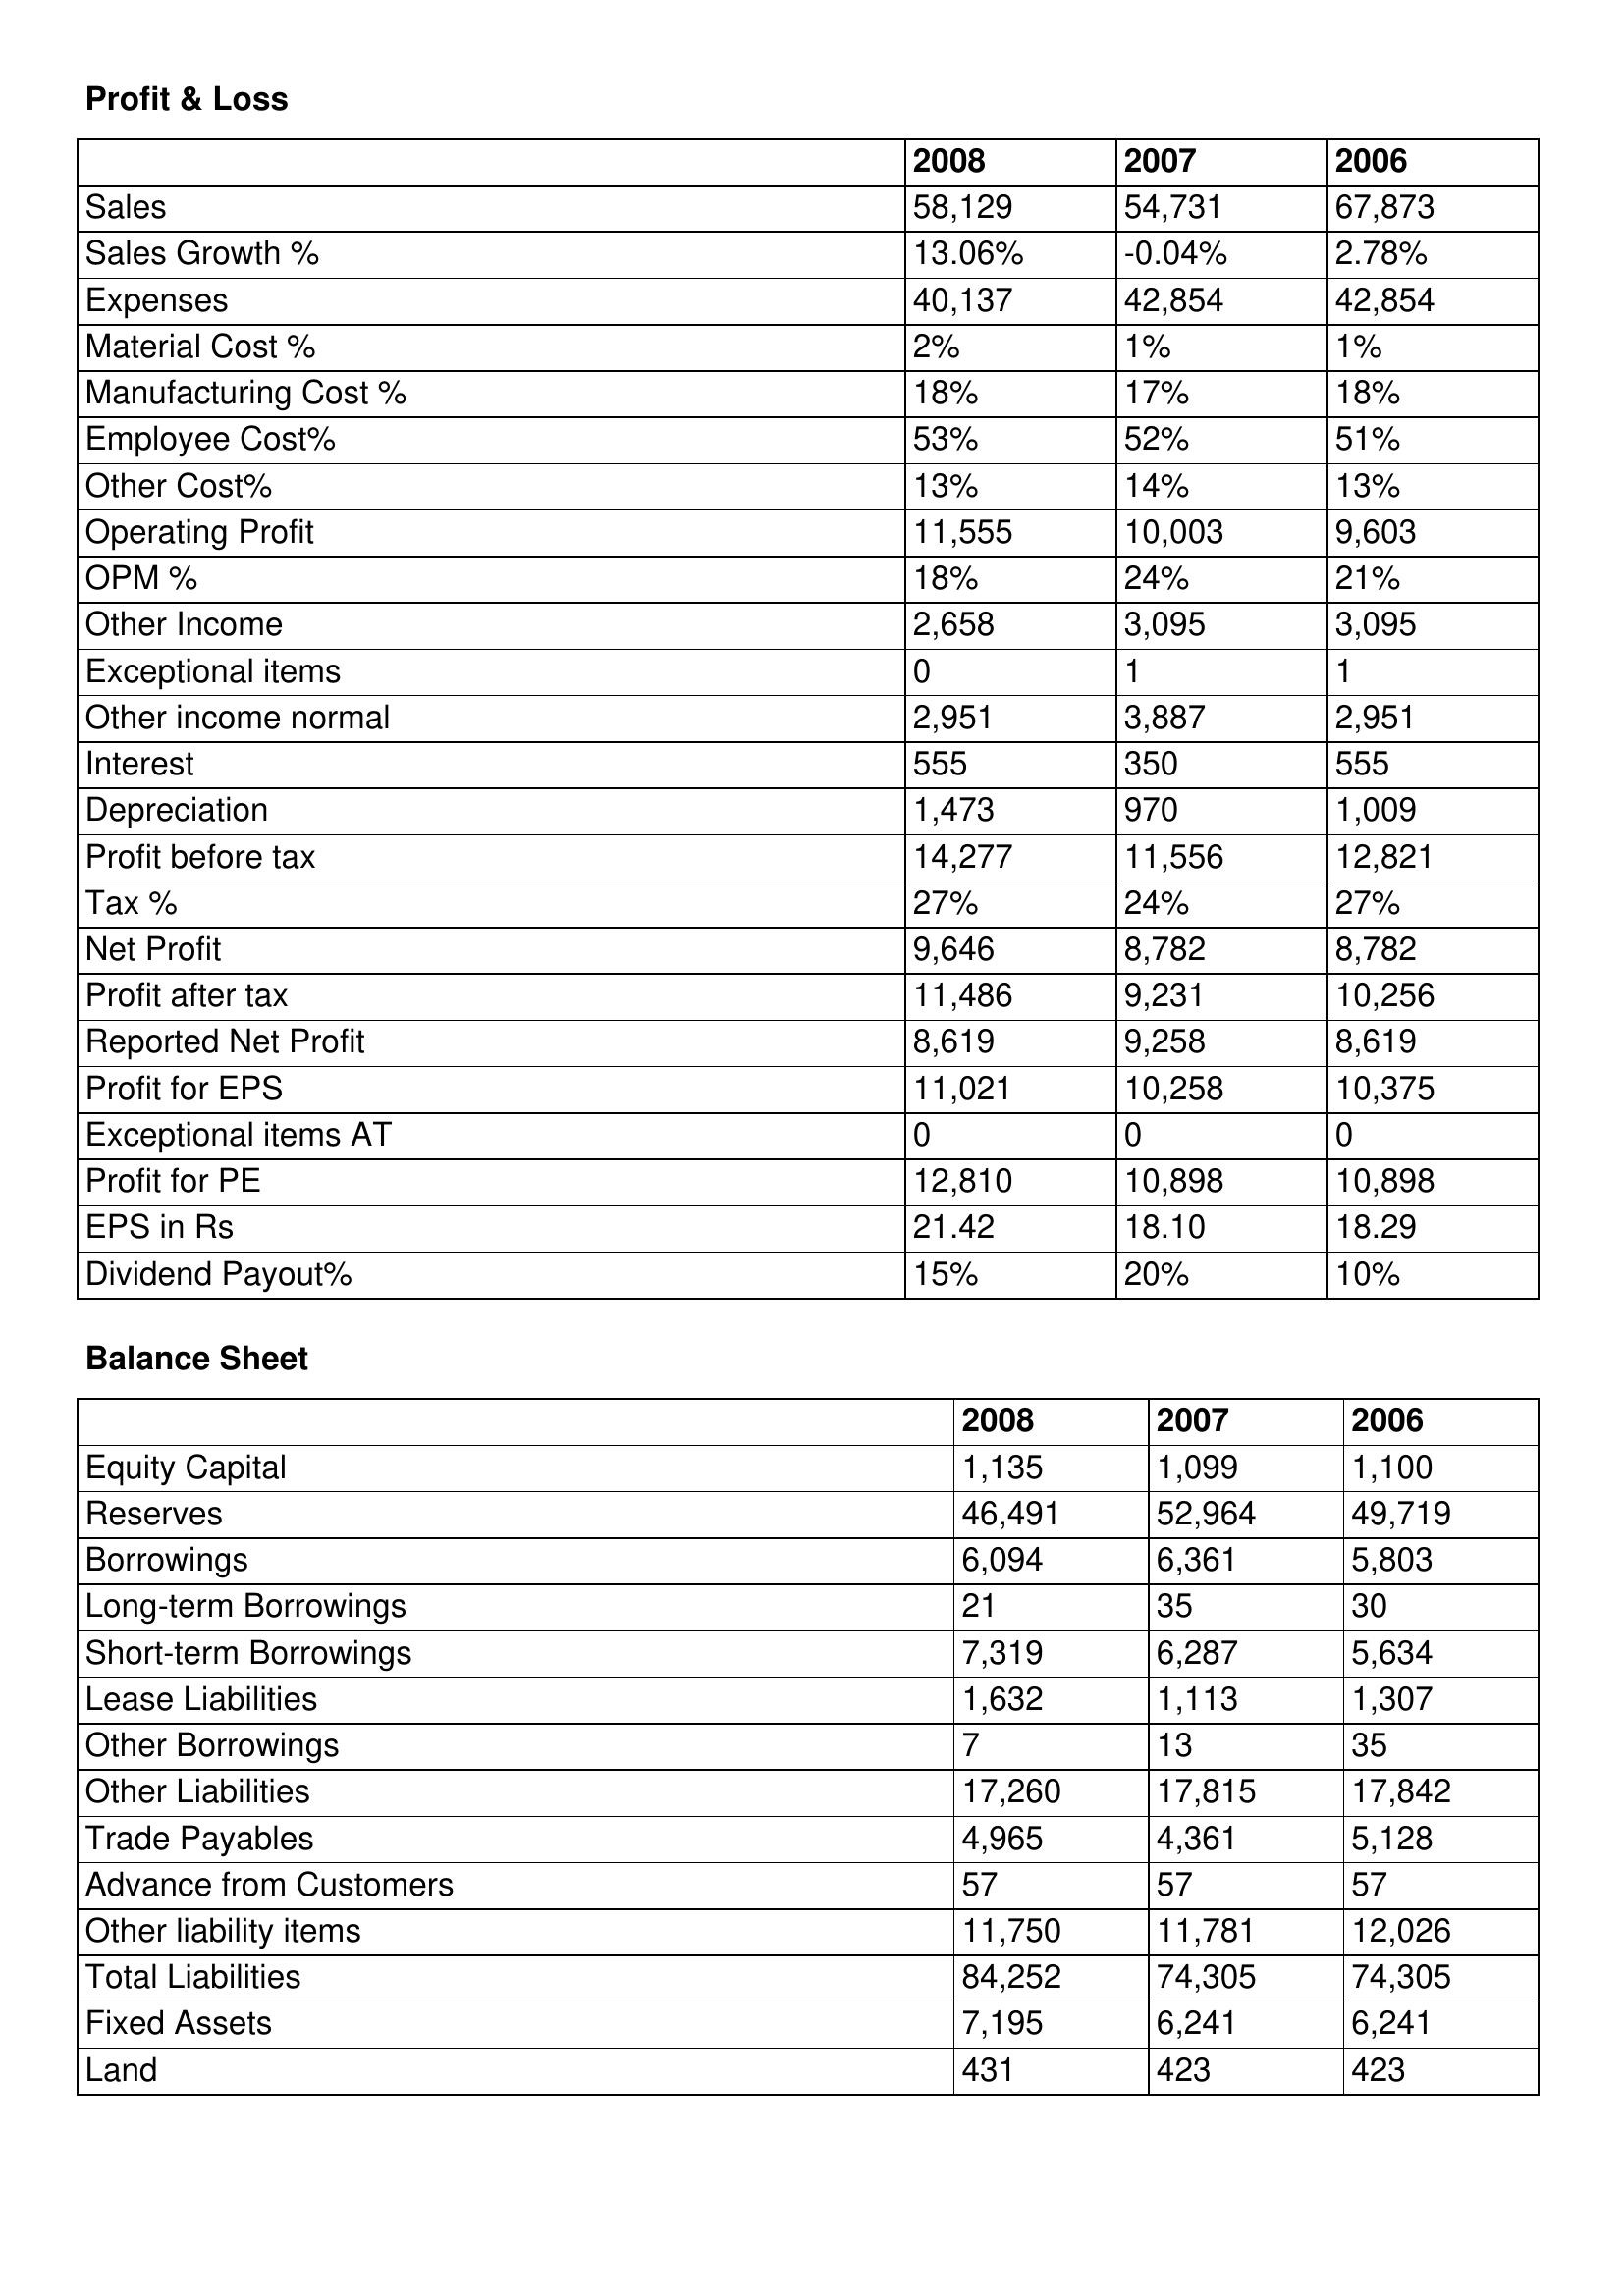
gt_parse: 2008: Profit & Loss: Sales: 58,129
Sales Growth %: 13.06%
Expenses: 40,137
Material Cost %: 2%
Manufacturing Cost %: 18%
Employee Cost%: 53%
Other Cost%: 13%
Operating Profit: 11,555
OPM %: 18%
Other Income: 2,658
Exceptional items: 0
Other income normal: 2,951
Interest: 555
Depreciation: 1,473
Profit before tax: 14,277
Tax %: 27%
Net Profit: 9,646
Profit after tax: 11,486
Reported Net Profit: 8,619
Profit for EPS: 11,021
Exceptional items AT: 0
Profit for PE: 12,810
EPS in Rs: 21.42
Dividend Payout%: 15%
Balance Sheet: Equity Capital: 1,135
Reserves: 46,491
Borrowings: 6,094
Long-term Borrowings: 21
Short-term Borrowings: 7,319
Lease Liabilities: 1,632
Other Borrowings: 7
Other Liabilities: 17,260
Trade Payables: 4,965
Advance from Customers: 57
Other liability items: 11,750
Total Liabilities: 84,252
Fixed Assets: 7,195
Land: 431
2007: Profit & Loss: Sales: 54,731
Sales Growth %: -0.04%
Expenses: 42,854
Material Cost %: 1%
Manufacturing Cost %: 17%
Employee Cost%: 52%
Other Cost%: 14%
Operating Profit: 10,003
OPM %: 24%
Other Income: 3,095
Exceptional items: 1
Other income normal: 3,887
Interest: 350
Depreciation: 970
Profit before tax: 11,556
Tax %: 24%
Net Profit: 8,782
Profit after tax: 9,231
Reported Net Profit: 9,258
Profit for EPS: 10,258
Exceptional items AT: 0
Profit for PE: 10,898
EPS in Rs: 18.10
Dividend Payout%: 20%
Balance Sheet: Equity Capital: 1,099
Reserves: 52,964
Borrowings: 6,361
Long-term Borrowings: 35
Short-term Borrowings: 6,287
Lease Liabilities: 1,113
Other Borrowings: 13
Other Liabilities: 17,815
Trade Payables: 4,361
Advance from Customers: 57
Other liability items: 11,781
Total Liabilities: 74,305
Fixed Assets: 6,241
Land: 423
2006: Profit & Loss: Sales: 67,873
Sales Growth %: 2.78%
Expenses: 42,854
Material Cost %: 1%
Manufacturing Cost %: 18%
Employee Cost%: 51%
Other Cost%: 13%
Operating Profit: 9,603
OPM %: 21%
Other Income: 3,095
Exceptional items: 1
Other income normal: 2,951
Interest: 555
Depreciation: 1,009
Profit before tax: 12,821
Tax %: 27%
Net Profit: 8,782
Profit after tax: 10,256
Reported Net Profit: 8,619
Profit for EPS: 10,375
Exceptional items AT: 0
Profit for PE: 10,898
EPS in Rs: 18.29
Dividend Payout%: 10%
Balance Sheet: Equity Capital: 1,100
Reserves: 49,719
Borrowings: 5,803
Long-term Borrowings: 30
Short-term Borrowings: 5,634
Lease Liabilities: 1,307
Other Borrowings: 35
Other Liabilities: 17,842
Trade Payables: 5,128
Advance from Customers: 57
Other liability items: 12,026
Total Liabilities: 74,305
Fixed Assets: 6,241
Land: 423